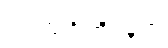
သဗ္ဗသင်္ဂါတိဂတေ